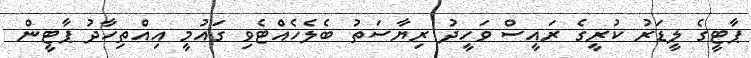
ޕާޓީގެ ލީޑަރު ކުރީގެ ރައީސް ވަހީދު ރިޔާސަތު ބެލެހެއްޓެވި ގައުމީ އިއްތިހާދު ޕާޓީން